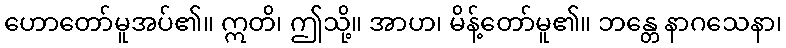
ဟောတော်မူအပ်၏။ ဣတိ၊ ဤသို့။ အာဟ၊ မိန့်တော်မူ၏။ ဘန္တေ နာဂသေနာ၊